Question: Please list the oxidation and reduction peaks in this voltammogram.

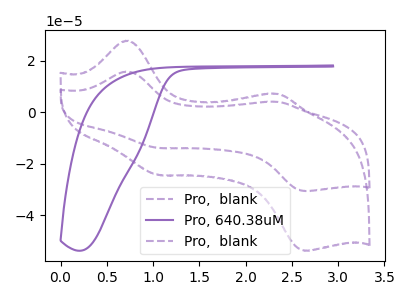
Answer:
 <answer>The purple dashed curve "Pro,  blank" has anodic peaks at (0.70V, 15.80uA) (2.35V, 4.05uA) and cathodic peaks at (1.05V, -13.80uA) (2.65V, -30.55uA). The purple curve "Pro, 640.38uM" has no peaks. The purple dashed curve "Pro,  blank" has anodic peaks at (0.70V, 27.75uA) (2.35V, 7.15uA) and cathodic peaks at (1.05V, -24.30uA) (2.65V, -53.70uA).</answer>
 <eval></eval>